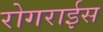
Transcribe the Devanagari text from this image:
रोगराईस